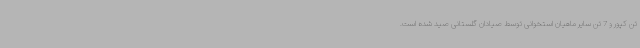
تن کپور و 7 تن سایر ماهیان استخوانی توسط صیادان گلستانی صید شده است.